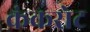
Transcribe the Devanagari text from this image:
कंकरोट